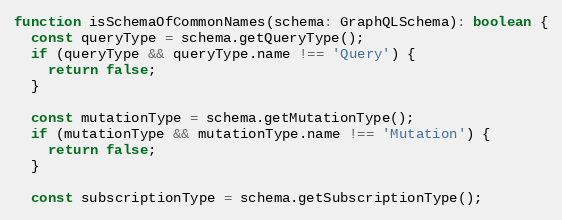
Language: JavaScript
function isSchemaOfCommonNames(schema: GraphQLSchema): boolean {
  const queryType = schema.getQueryType();
  if (queryType && queryType.name !== 'Query') {
    return false;
  }

  const mutationType = schema.getMutationType();
  if (mutationType && mutationType.name !== 'Mutation') {
    return false;
  }

  const subscriptionType = schema.getSubscriptionType();